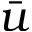
\bar { u }